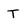
Character: T